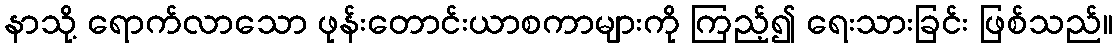
နာသို့ ရောက်လာသော ဖုန်းတောင်းယာစကာများကို ကြည့်၍ ရေးသားခြင်း ဖြစ်သည်။